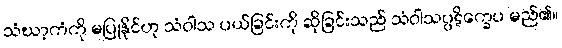
သံဃာ့ကံကို မပြုနိုင်ဟု သံဝါသ ပယ်ခြင်းကို ဆိုခြင်းသည် သံဝါသပ္ပဋိက္ခေပ မည်၏။